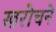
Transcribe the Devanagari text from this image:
खरोचने